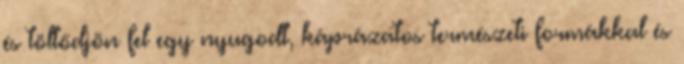
és töltődjön fel egy nyugodt, káprázatos természeti formákkal és